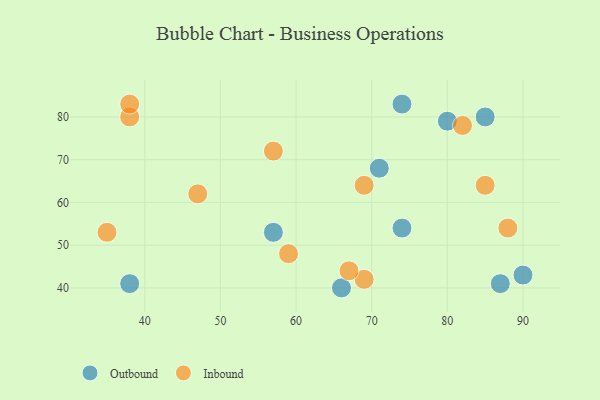
{"axis": {"x": "GDP", "y": "Life Expectancy"}, "legend": ["Inbound", "Outbound"], "data": [{"x": "57", "y": 53, "type": "Outbound"}, {"x": "80", "y": 79, "type": "Outbound"}, {"x": "74", "y": 54, "type": "Outbound"}, {"x": "38", "y": 41, "type": "Outbound"}, {"x": "90", "y": 43, "type": "Outbound"}, {"x": "74", "y": 83, "type": "Outbound"}, {"x": "87", "y": 41, "type": "Outbound"}, {"x": "66", "y": 40, "type": "Outbound"}, {"x": "71", "y": 68, "type": "Outbound"}, {"x": "85", "y": 80, "type": "Outbound"}, {"x": "82", "y": 78, "type": "Inbound"}, {"x": "69", "y": 42, "type": "Inbound"}, {"x": "69", "y": 64, "type": "Inbound"}, {"x": "59", "y": 48, "type": "Inbound"}, {"x": "85", "y": 64, "type": "Inbound"}, {"x": "38", "y": 80, "type": "Inbound"}, {"x": "67", "y": 44, "type": "Inbound"}, {"x": "88", "y": 54, "type": "Inbound"}, {"x": "57", "y": 72, "type": "Inbound"}, {"x": "47", "y": 62, "type": "Inbound"}, {"x": "38", "y": 83, "type": "Inbound"}, {"x": "35", "y": 53, "type": "Inbound"}]}